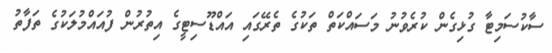
ސާކުސަމިޓާ ގުޅިގެން ކުރެވުނު މަސައްކަތް ތަކުގެ ތެރޭގައި އައްޑޫސިޓީގެ އިތުރުން ފުއައްމުލަކުގެ ތަފާތު